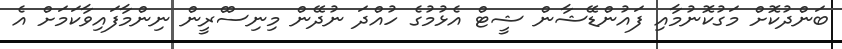
ބަންދުކޮށް މަގުކޮނުމާއި ފައުންޑޭޝާން ޝީޓް އެޅުމުގެ ހުއްދަ ނުދޭން މިނިސްްރީން ނިންމާފައިވާކަމަށް އެ